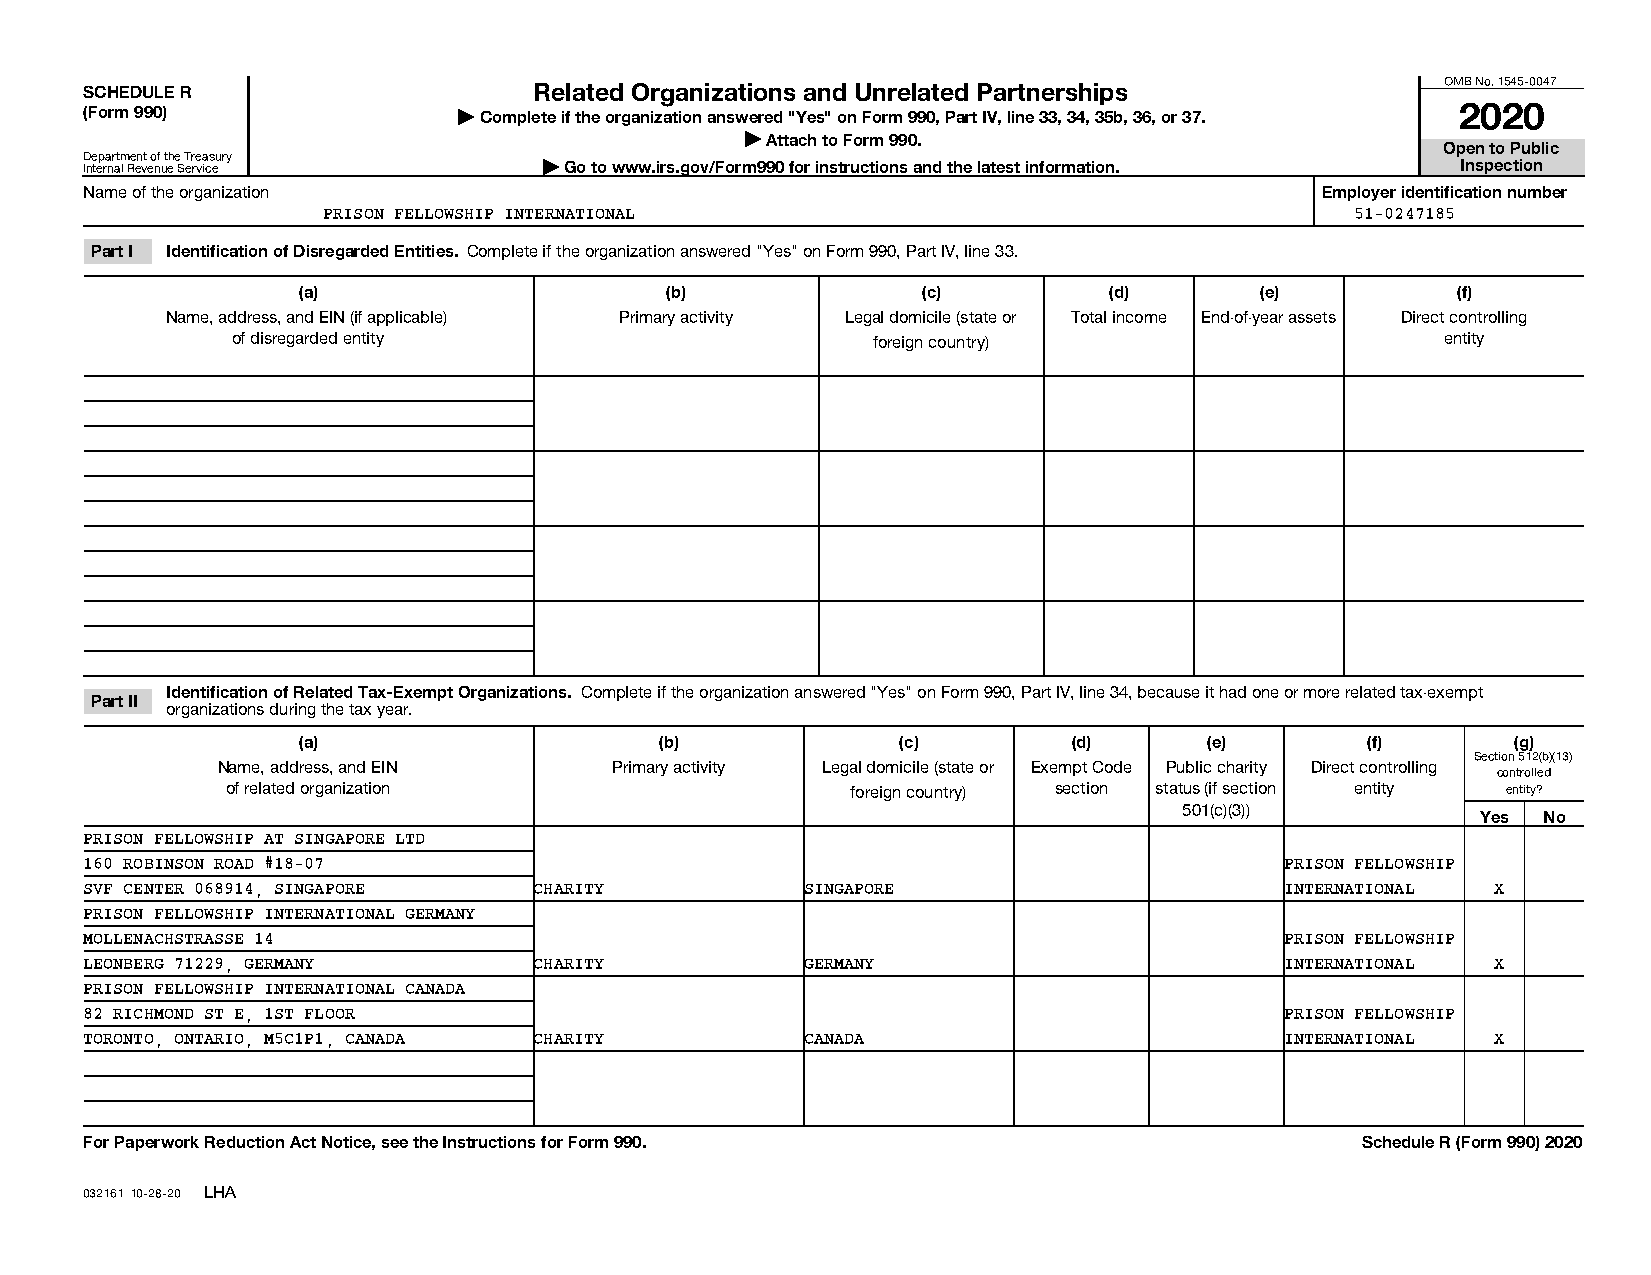
OMB No. 1545-0047
 SCHEDULE R                   Related Organizations and Unrelated Partnerships
 (Form 990)              | Complete if the organization answered "Yes" on Form 990, Part IV, line 33, 34, 35b, 36, or 37. 2020
 | Attach to Form 990.
 Open to Public
 Department of the Treasury
 Internal Revenue Service      | Go to www.irs.gov/Form990 for instructions and the latest information. Inspection
 Name of the organization                                                         Employer identification number
 PRISON FELLOWSHIP INTERNATIONAL                                      51-0247185
 Part I Identification of Disregarded Entities. Complete if the organization answered "Yes" on Form 990, Part IV, line 33.
 (a)                     (b)              (c)         (d)       (e)          (f)
 Name, address, and EIN (if applicable) Primary activity Legal domicile (state or Total income End-of-year assets Direct controlling
 of disregarded entity                      foreign country)                      entity
 Identification of Related Tax-Exempt Organizations. Complete if the organization answered "Yes" on Form 990, Part IV, line 34, because it had one or more related tax-exempt
 Part II
 organizations during the tax year.
 (a)                     (b)             (c)        (d)      (e)       (f)       (g)
 Section 512(b)(13)
 Name, address, and EIN    Primary activity Legal domicile (state or Exempt Code Public charity Direct controlling
 controlled
 of related organization                  foreign country) section status (if section entity entity?
 501(c)(3))
 Yes No
 PRISON FELLOWSHIP AT SINGAPORE LTD
 160 ROBINSON ROAD #18-07                                                       PRISON FELLOWSHIP
 SVF CENTER 068914, SINGAPORE CHARITY           SINGAPORE                       INTERNATIONAL X
 PRISON FELLOWSHIP INTERNATIONAL GERMANY
 MOLLENACHSTRASSE 14                                                            PRISON FELLOWSHIP
 LEONBERG 71229, GERMANY      CHARITY           GERMANY                         INTERNATIONAL X
 PRISON FELLOWSHIP INTERNATIONAL CANADA
 82 RICHMOND ST E, 1ST FLOOR                                                    PRISON FELLOWSHIP
 TORONTO, ONTARIO, M5C1P1, CANADA CHARITY       CANADA                          INTERNATIONAL X
 For Paperwork Reduction Act Notice, see the Instructions for Form 990.              Schedule R (Form 990) 2020
 032161 10-28-20 LHA